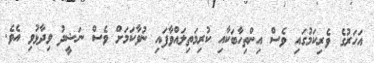
އަހަރުގެ ވެރިކަމުގައި ވެސް އިންތިހާބަކާއި ކުރިމަތިލައްވާފައި ނުވާކަމަށް ވެސް ނަޝީދު ވިދާޅުވި އެވެ.